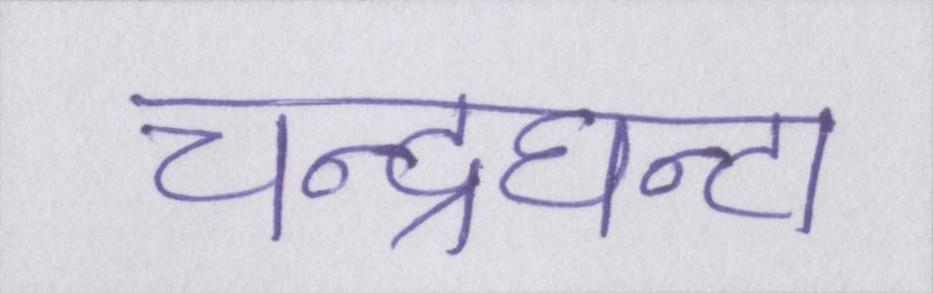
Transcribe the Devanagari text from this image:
चन्द्रघन्टा